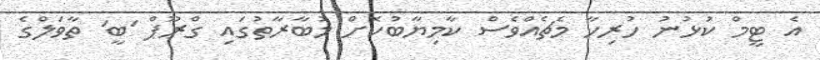
އެ ޓީމް ކުޅުނު ހުރިހާ މެޗެއްވެސް ކާމިޔާބުކޮށް މުބާރާތުގައި ގްރޫޕް 'ބީ' ތާވަލްގެ